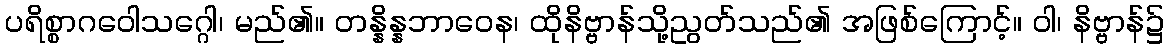
ပရိစ္စာဂဝေါသဂ္ဂေါ၊ မည်၏။ တန္နိန္နဘာဝေန၊ ထိုနိဗ္ဗာန်သို့ညွတ်သည်၏ အဖြစ်ကြောင့်။ ဝါ၊ နိဗ္ဗာန်၌